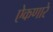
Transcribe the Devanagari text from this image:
ऐकणारे